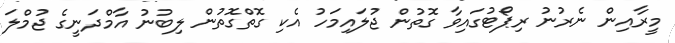
މީރާއިން ނެރުނު ރިޕޯޓުގައިވާ ގޮތުން ޖުލައިމަހު އެކި ގޮތްގޮތުން ލިބުނު އާމްދަނީގެ ޖުމްލަ